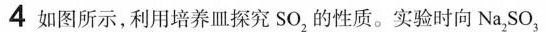
4 如图所示，利用培养皿探究SO_{2}的性质。实验时向Na_{2}SO_{3}